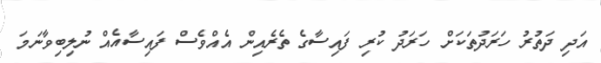
އަދި ދަތުރު ހަރަދުތަކަށް ހަރަދު ކުރި ފައިސާގެ ތެރެއިން އެއްވެސް ފައިސާއެއް ނުލިބިވާނަމަ